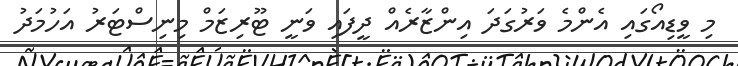
މި ވީޑިއޯގައި އެންމެ ވަރުގަދަ އިންޒާރެއް ދީފައި ވަނީ ޓޫރިޒަމް މިނިސްޓަރު އަހުމަދު